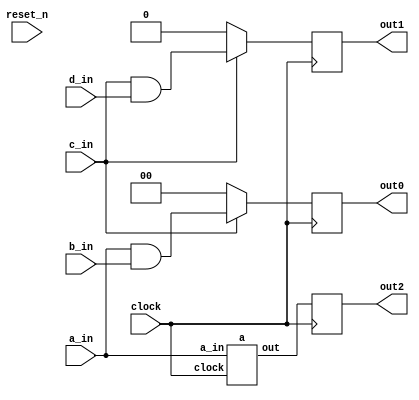
// DEFINES
`define BITS 2         // Bit width of the operands

module 	bm_if_common(clock, 
		reset_n, 
		a_in, 
		b_in,
		c_in, 
		d_in, 
		out0,
		out2,
		out1);

// SIGNAL DECLARATIONS
input	clock;
input 	reset_n;

input [`BITS-1:0] a_in;
input [`BITS-1:0] b_in;
input c_in;
input d_in;

output [`BITS-1:0] out0;
output [`BITS-1:0] out2;
output  out1;

reg [`BITS-1:0]    out0;
reg [`BITS-1:0]    out2;
reg     out1;

wire [`BITS-1:0] temp_a;
wire [`BITS-1:0] temp_b;
wire temp_c;
wire temp_d;

a top_a(clock, a_in, temp_a);

always @(posedge clock)
begin
	if (c_in == 1'b0)
	begin
		out0 <= 2'b00;
		out1 <= 1'b0;
	end
	else
	begin
		out0 <= a_in & b_in;
		out1 <= c_in & d_in;
	end
	out2 <= temp_a;
end

endmodule

/*---------------------------------------------------------*/
module a(clock,
		a_in,
		out);

input	clock;
input [`BITS-1:0] a_in;
output [`BITS-1:0] out;
reg [`BITS-1:0] out;
reg [`BITS-1:0] out1;
reg [`BITS-1:0] out2;

always @(posedge clock)
begin
	case (a_in)
		2'b00: out2 <= 2'b11 ;
		2'b01: out1 <= 2'b10 ;
		2'b10: out1 <= 2'b01 ;
		2'b11: out1 <= 2'b00 ;
	endcase
	out <= out1 & out2;
end

endmodule